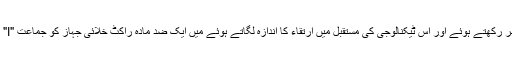
مفصلہ بالا تمام حقائق کو مد نظر رکھتے ہوئے اور اس ٹیکنالوجی کی مستقبل میں ارتقاء کا اندازہ لگاتے ہوئے میں ایک ضد مادّہ راکٹ خلائی جہاز کو جماعت "I" کی ناممکنات میں رکھ رہا ہوں۔